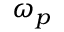
\omega _ { p }